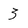
Character: 3